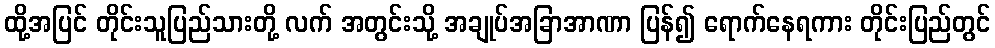
ထို့အပြင် တိုင်းသူပြည်သားတို့ လက် အတွင်းသို့ အချုပ်အခြာအာဏာ ပြန်၍ ရောက်နေရကား တိုင်းပြည်တွင်